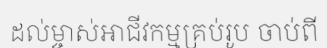
ដល់ម្ចាស់អាជីវកម្មគ្រប់រូប ចាប់ពី